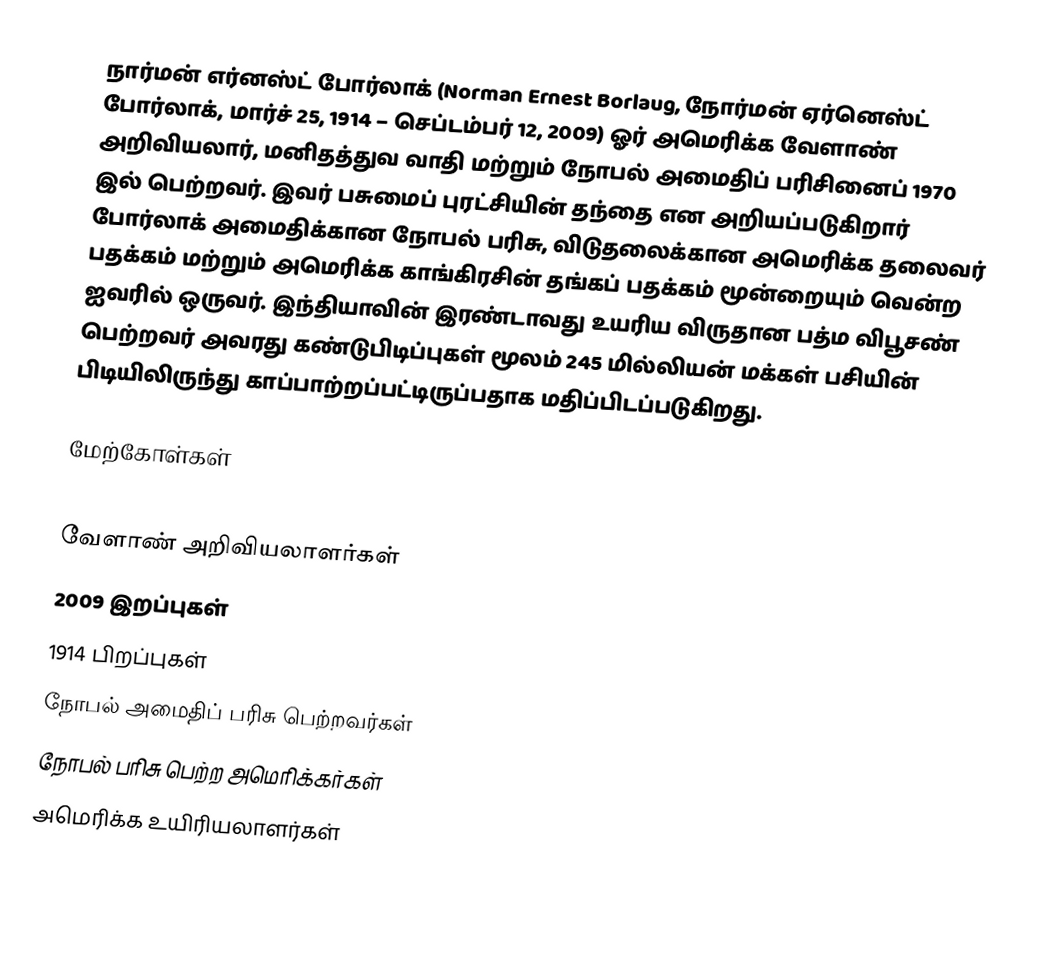
நார்மன் எர்னஸ்ட் போர்லாக் (Norman Ernest Borlaug, நோர்மன் ஏர்னெஸ்ட் போர்லாக், மார்ச் 25, 1914 – செப்டம்பர் 12, 2009) ஓர் அமெரிக்க வேளாண் அறிவியலார், மனிதத்துவ வாதி மற்றும் நோபல் அமைதிப் பரிசினைப் 1970 இல் பெற்றவர். இவர் பசுமைப் புரட்சியின் தந்தை என அறியப்படுகிறார் போர்லாக் அமைதிக்கான நோபல் பரிசு, விடுதலைக்கான அமெரிக்க தலைவர் பதக்கம் மற்றும் அமெரிக்க காங்கிரசின் தங்கப் பதக்கம் மூன்றையும் வென்ற ஐவரில் ஒருவர். இந்தியாவின் இரண்டாவது உயரிய விருதான பத்ம விபூசண் பெற்றவர்  அவரது கண்டுபிடிப்புகள் மூலம் 245 மில்லியன் மக்கள் பசியின் பிடியிலிருந்து காப்பாற்றப்பட்டிருப்பதாக மதிப்பிடப்படுகிறது.

மேற்கோள்கள்

வேளாண் அறிவியலாளர்கள்
2009 இறப்புகள்
1914 பிறப்புகள்
நோபல் அமைதிப் பரிசு பெற்றவர்கள்
நோபல் பரிசு பெற்ற அமெரிக்கர்கள்
அமெரிக்க உயிரியலாளர்கள்